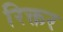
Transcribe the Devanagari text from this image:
रिक्तर